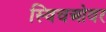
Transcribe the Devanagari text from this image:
स्विचओवर